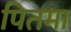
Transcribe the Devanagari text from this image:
पितमा